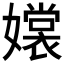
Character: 𡣖